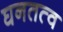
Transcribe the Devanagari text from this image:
घनतत्व